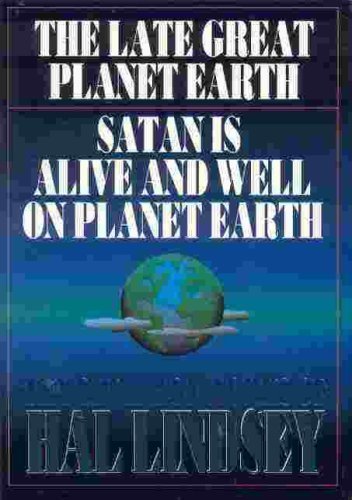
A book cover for The Greatest Works of Hal Lindsey: The Late Great Planet Earth/Satan Is Alive and Well on Planet Earth; Hal Lindsey; Religion & Spirituality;